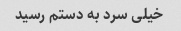
خیلی سرد به دستم رسید